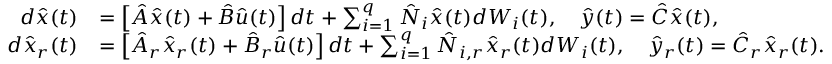
\begin{array} { r l } { d \hat { x } ( t ) } & { = \left[ \hat { A } \hat { x } ( t ) + \hat { B } \hat { u } ( t ) \right] d t + \sum _ { i = 1 } ^ { q } \hat { N } _ { i } \hat { x } ( t ) d W _ { i } ( t ) , \quad \hat { y } ( t ) = \hat { C } \hat { x } ( t ) , } \\ { d \hat { x } _ { r } ( t ) } & { = \left[ \hat { A } _ { r } \hat { x } _ { r } ( t ) + \hat { B } _ { r } \hat { u } ( t ) \right] d t + \sum _ { i = 1 } ^ { q } \hat { N } _ { i , r } \hat { x } _ { r } ( t ) d W _ { i } ( t ) , \quad \hat { y } _ { r } ( t ) = \hat { C } _ { r } \hat { x } _ { r } ( t ) . } \end{array}